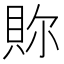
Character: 𧵉